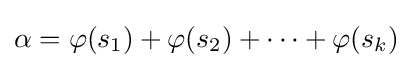
\alpha =\varphi (s_{1})+\varphi (s_{2})+\cdots +\varphi (s_{k})